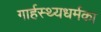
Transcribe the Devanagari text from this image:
गार्हस्थ्यधर्मका